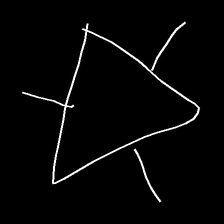
Glyph: fire